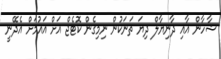
ޝާހާން އާއި ދާނިޔާލް ދިޔަ ތަނަކުން ނިމިގެން ކޮޓެޖް އަށް އައުމަށް އެދޭނީ